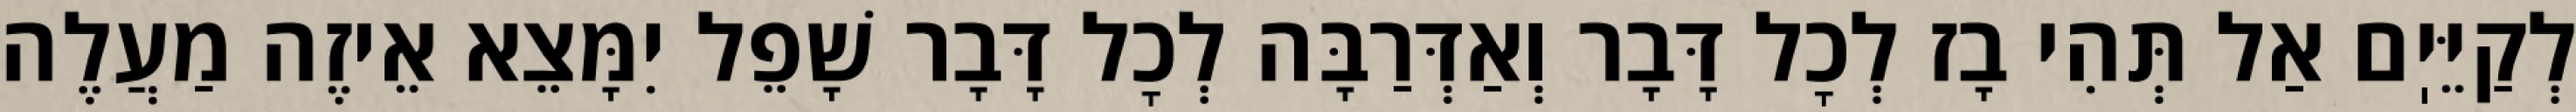
לְקַיֵּיֽם אַל תְּהִי בָז לְכׇל דָּבָר וְאַדְּרַבָּה לְכׇל דָּבָר שָׁפֵל יִמָּצֵא אֵיזֶה מַעֲלֶה